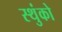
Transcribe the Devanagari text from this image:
स्थुंको